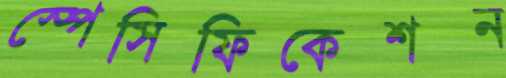
স্পেসিফিকেশন